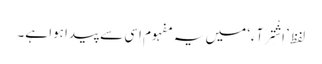
لفظ ’اِشْتِرَآء‘ میں یہ مفہوم اِسی سے پیدا ہوا ہے۔